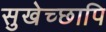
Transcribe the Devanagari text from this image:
सुखेच्छापि